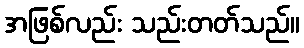
အဖြစ်လည်း သည်းတတ်သည်။